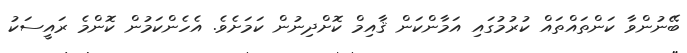
ބޭނުންވާ ކަންތައްތައް ކުރުމުގައި އަމާންކަން ޤާއިމް ކޮށްދިނުން ކަމަށެވެ. އެހެންކަމުން ކޮންމެ ރައީސަކު